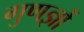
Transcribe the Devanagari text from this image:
गुणज्ञों